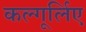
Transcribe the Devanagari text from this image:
कल्गूर्लिए